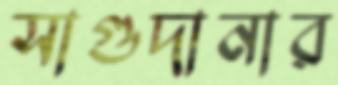
সাগুদানার